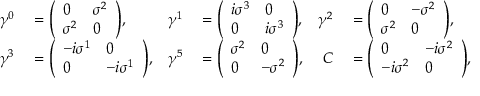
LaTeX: \begin{array} { r l r l r l } { \gamma ^ { 0 } } & { { } = { \left( \begin{array} { l l } { 0 } & { \sigma ^ { 2 } } \\ { \sigma ^ { 2 } } & { 0 } \end{array} \right) } , } & { \gamma ^ { 1 } } & { { } = { \left( \begin{array} { l l } { i \sigma ^ { 3 } } & { 0 } \\ { 0 } & { i \sigma ^ { 3 } } \end{array} \right) } , } & { \gamma ^ { 2 } } & { { } = { \left( \begin{array} { l l } { 0 } & { - \sigma ^ { 2 } } \\ { \sigma ^ { 2 } } & { 0 } \end{array} \right) } , } \\ { \gamma ^ { 3 } } & { { } = { \left( \begin{array} { l l } { - i \sigma ^ { 1 } } & { 0 } \\ { 0 } & { - i \sigma ^ { 1 } } \end{array} \right) } , } & { \gamma ^ { 5 } } & { { } = { \left( \begin{array} { l l } { \sigma ^ { 2 } } & { 0 } \\ { 0 } & { - \sigma ^ { 2 } } \end{array} \right) } , } & { C } & { { } = { \left( \begin{array} { l l } { 0 } & { - i \sigma ^ { 2 } } \\ { - i \sigma ^ { 2 } } & { 0 } \end{array} \right) } , } \end{array}